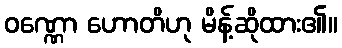
ဝဏ္ဏော ဟောတိဟု မိန့်ဆိုထား၏။